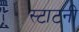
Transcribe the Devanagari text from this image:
स्टाटनी